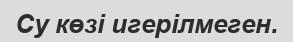
Су көзі игерілмеген.